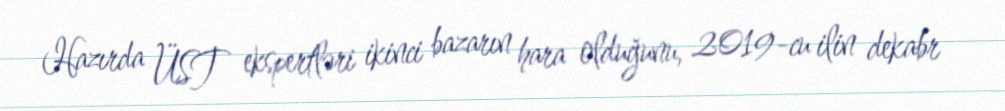
Hazırda ÜST ekspertləri ikinci bazarın hara olduğunu, 2019-cu ilin dekabr